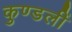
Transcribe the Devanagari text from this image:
कुण्डलीं